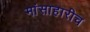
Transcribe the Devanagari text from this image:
मांसाहारीच